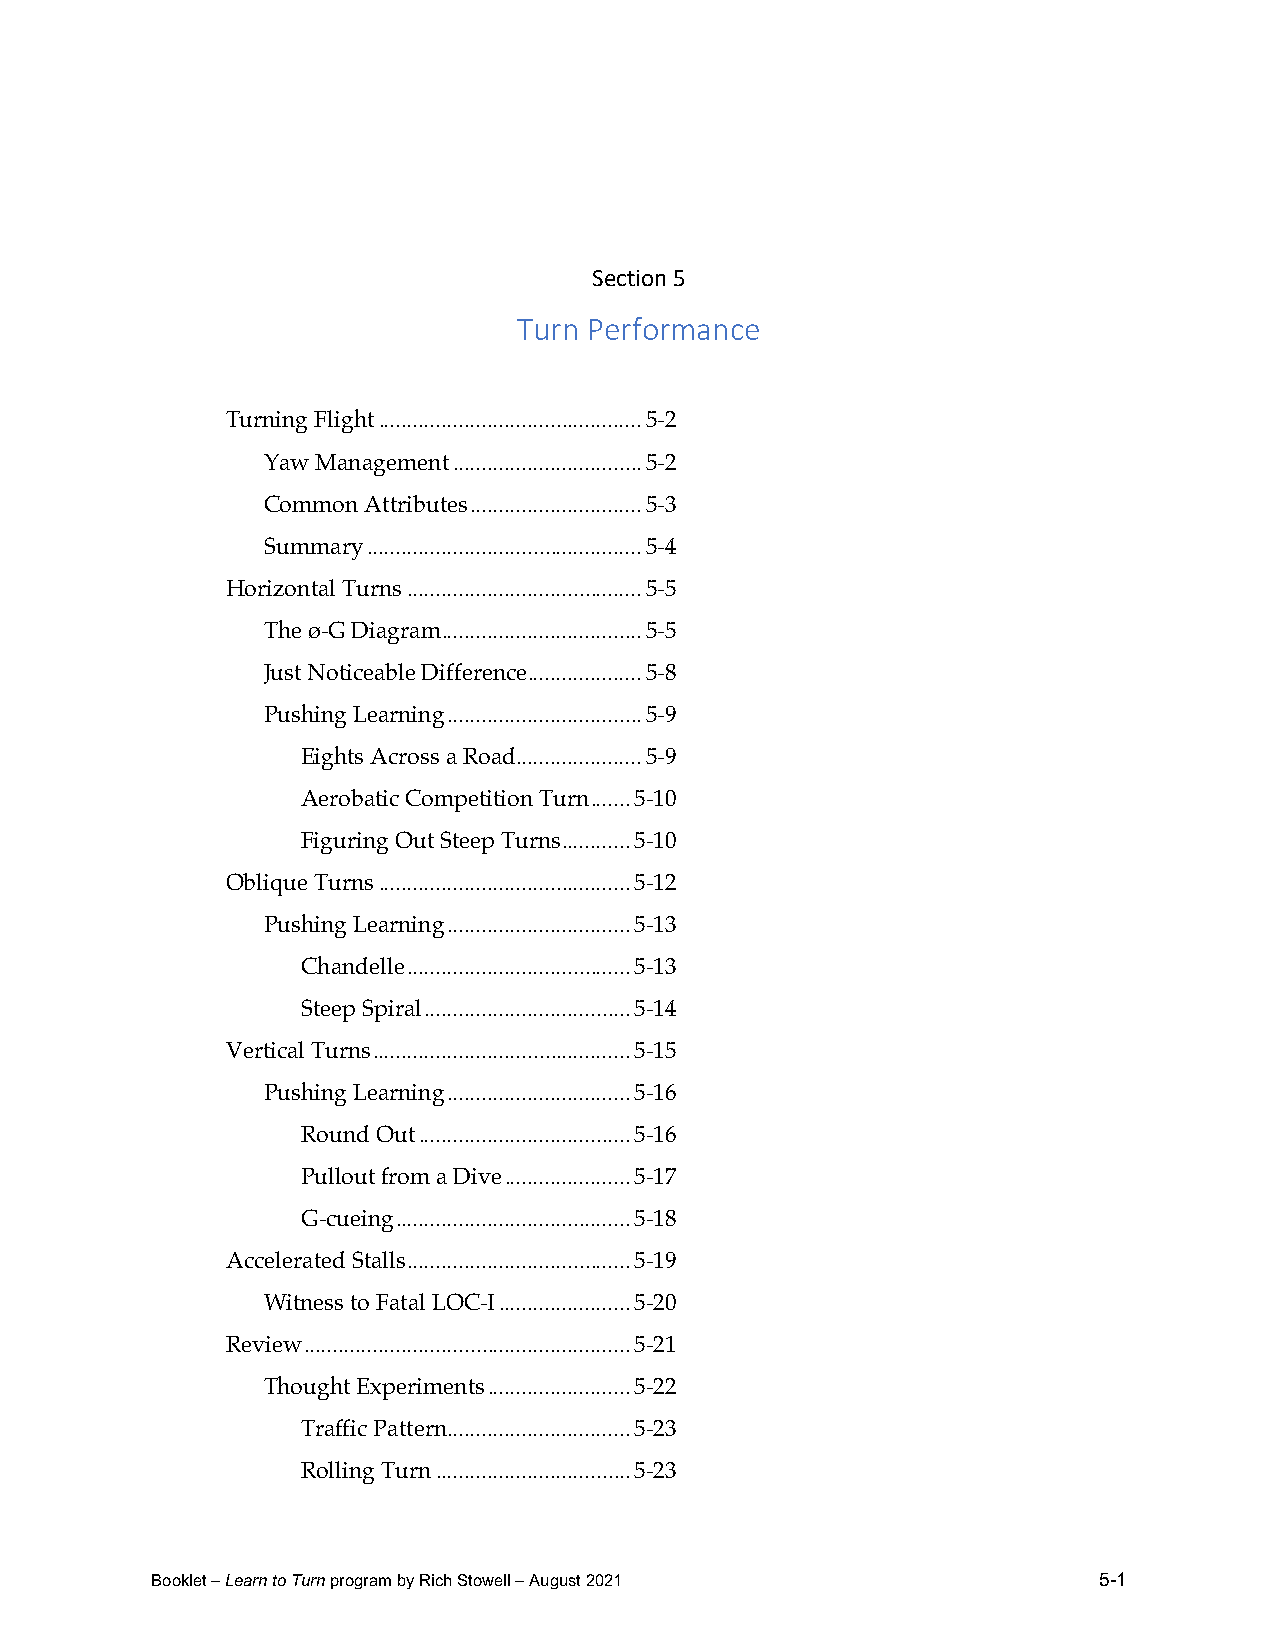
Section 5
 Turn Performance
 Turning Flight .............................................. 5-2
 Yaw Management ................................. 5-2
 Common Attributes .............................. 5-3
 Summary ................................................ 5-4
 Horizontal Turns ......................................... 5-5
 The ø-G Diagram ................................... 5-5
 Just Noticeable Difference .................... 5-8
 Pushing Learning .................................. 5-9
 Eights Across a Road ...................... 5-9
 Aerobatic Competition Turn ....... 5-10
 Figuring Out Steep Turns ............ 5-10
 Oblique Turns ............................................ 5-12
 Pushing Learning ................................ 5-13
 Chandelle ....................................... 5-13
 Steep Spiral .................................... 5-14
 Vertical Turns ............................................. 5-15
 Pushing Learning ................................ 5-16
 Round Out ..................................... 5-16
 Pullout from a Dive ...................... 5-17
 G-cueing ......................................... 5-18
 Accelerated Stalls ....................................... 5-19
 Witness to Fatal LOC-I ....................... 5-20
 Review ......................................................... 5-21
 Thought Experiments ......................... 5-22
 Traffic Pattern ................................ 5-23
 Rolling Turn .................................. 5-23
 Booklet – Learn to Turn program by Rich Stowell – August 2021  5-1